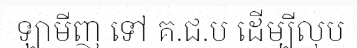
ឡាមីញ ទៅ គ.ជ.ប ដើម្បីលុប